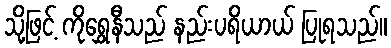
သို့ဖြင့် ကိုရွှေနီသည် နည်းပရိယာယ် ပြုရသည်။